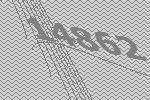
14862